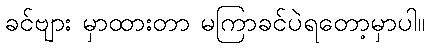
ခင်ဗျား မှာထားတာ မကြာခင်ပဲရတော့မှာပါ။